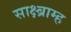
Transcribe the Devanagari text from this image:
साक्ष्ब्राम्ह